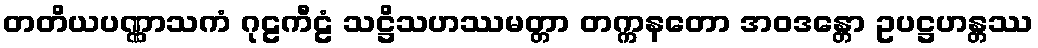
တတိယပဏ္ဏာသကံ ဂုဠကီဠံ သဋ္ဌိသဟဿမတ္တာ တက္ကနတော အဝဒန္တော ဥပဋ္ဌဟန္တဿ